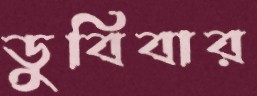
ডুবিবার